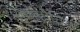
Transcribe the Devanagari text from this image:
थेमोट्रोनिक